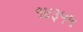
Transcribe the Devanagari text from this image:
१४३५५